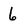
Character: 6